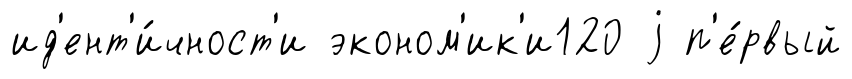
ид'ент'и́чност'и эконом'ик'и120 j п'е́рвый